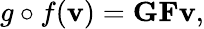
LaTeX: g\circ f(\mathbf{v})=\mathbf{G}\mathbf{F}\mathbf{v},